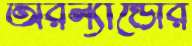
অরল্যান্ডোর